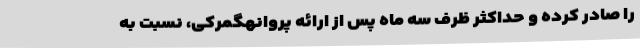
را صادر کرده و حداکثر ظرف سه ماه پس از ارائه پروانهگمرکی، نسبت به